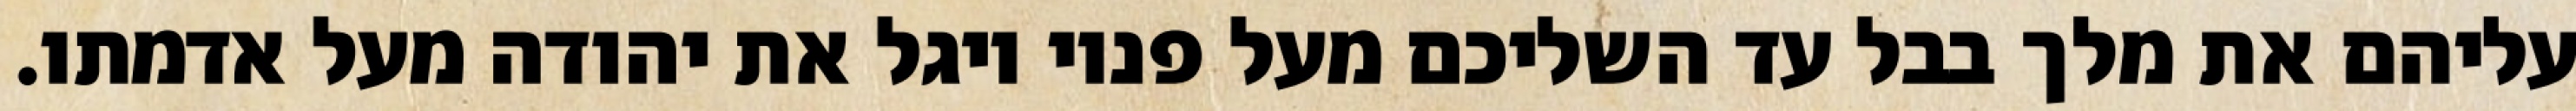
עליהם את מלך בבל עד השליכם מעל פניו ויגל את יהודה מעל אדמתו.